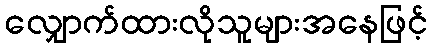
လျှောက်ထားလိုသူများအနေဖြင့်